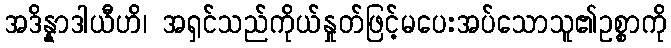
အဒိန္နာဒါယီဟိ၊ အရှင်သည်ကိုယ်နှုတ်ဖြင့်မပေးအပ်သောသူ၏ဥစ္စာကို